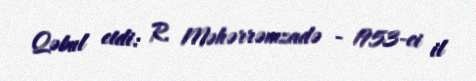
Qəbul etdi: R. Məhərrəmzadə - 1953-ci il